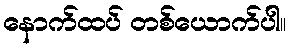
နောက်ထပ် တစ်ယောက်ပါ။